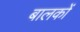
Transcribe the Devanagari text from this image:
बालकोंं